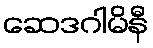
ဆေဒဂါမိနီ